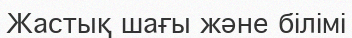
Жастық шағы және білімі